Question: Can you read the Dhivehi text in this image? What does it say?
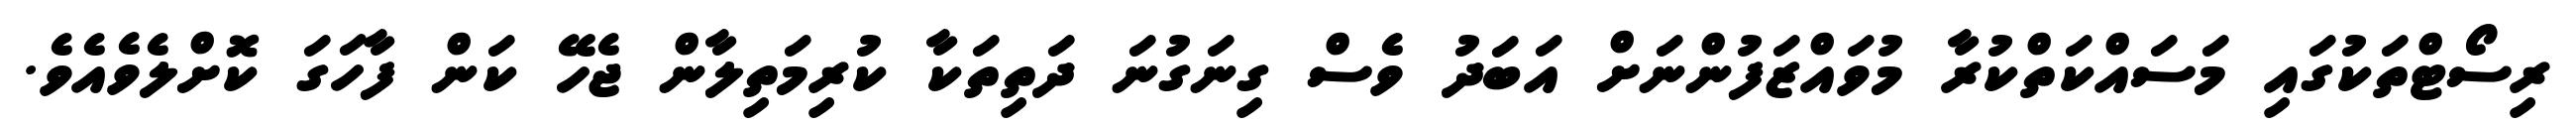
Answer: ރިސޯޓްތަކުގައި މަސައްކަތްކުރާ މުވައްޒަފުންނަށް އަބަދު ވެސް ގިނަގުނަ ދަތިތަކާ ކުރިމަތިލާން ޖެހޭ ކަން ފާހަގަ ކޮށްލެވެއެވެ.